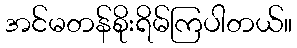
အင်မတန်စိုးရိမ်ကြပါတယ်။